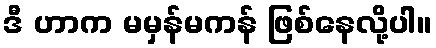
ဒီ ဟာက မမှန်မကန် ဖြစ်နေလို့ပါ။